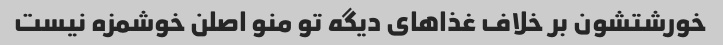
خورشتشون بر خلاف غذاهای دیگه تو منو اصلن خوشمزه نیست